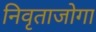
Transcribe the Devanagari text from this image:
निवृताजोगा